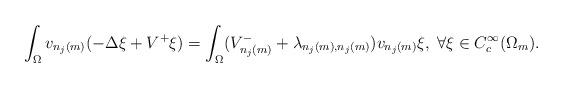
LaTeX: \begin{align*}\int_\Omega v_{n_j(m)}(-\Delta \xi + V^+ \xi) = \int_\Omega (V_{n_j(m)}^- +\lambda_{n_j(m),n_j(m)})v_{n_j(m)}\xi , \; \forall \xi \in C_c^{\infty}(\Omega_m).\end{align*}